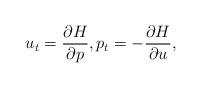
LaTeX: \begin{gather*}u_t = \frac{\partial H}{\partial p}, p_t = -\frac{\partial H}{\partial u},\end{gather*}